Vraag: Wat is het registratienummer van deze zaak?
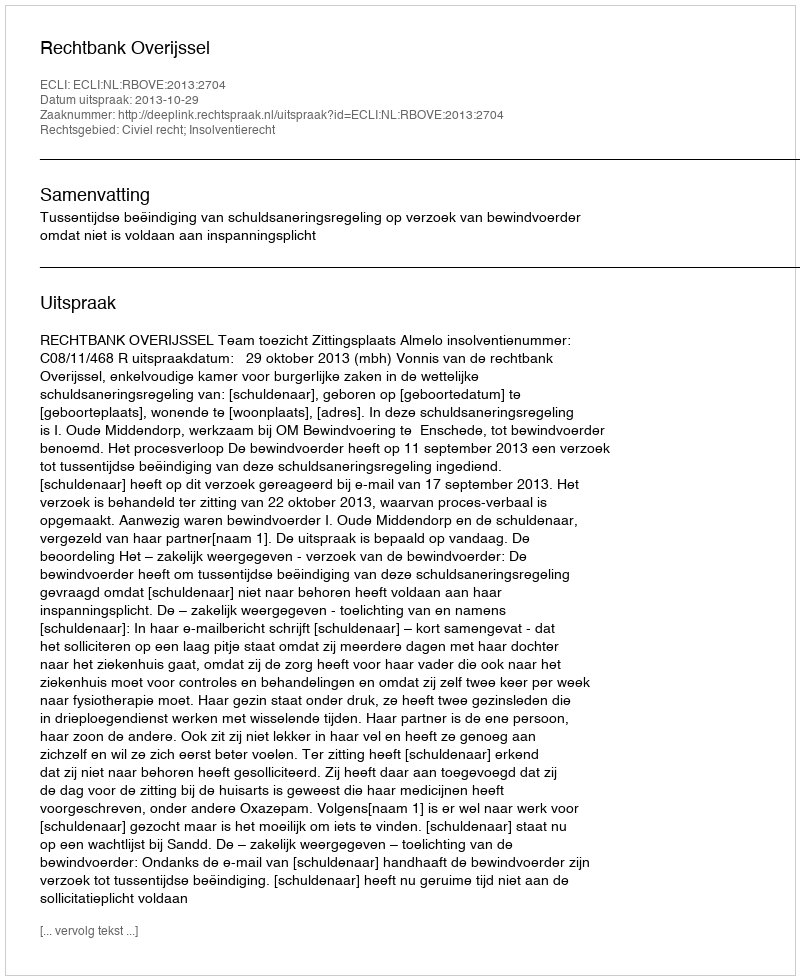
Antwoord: http://deeplink.rechtspraak.nl/uitspraak?id=ECLI:NL:RBOVE:2013:2704